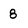
Character: 8